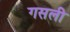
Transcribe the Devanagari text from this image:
गसली